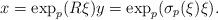
LaTeX: \begin{align*}x = \exp_p(R\xi) y = \exp_p(\sigma_p(\xi) \xi).\end{align*}